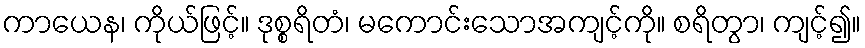
ကာယေန၊ ကိုယ်ဖြင့်။ ဒုစ္စရိတံ၊ မကောင်းသောအကျင့်ကို။ စရိတွာ၊ ကျင့်၍။